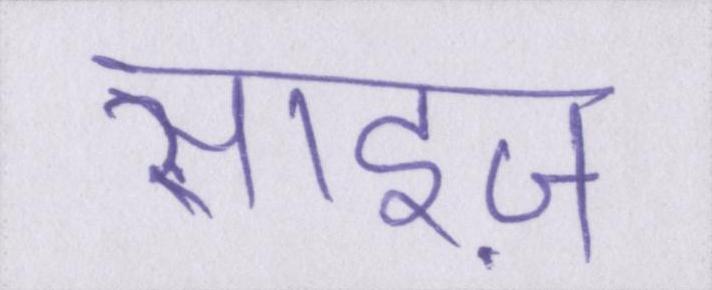
साइज़